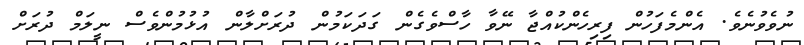
ނުވެވުނެވެ. އެންމެފަހުން ފިރިހެންކުއްޖާ ނޭވާ ހާސްވެގެން ގަދަކަމުން ދުރަށްލާން އުޅުމުންވެސް ނީލަމް ދުރަށް